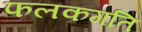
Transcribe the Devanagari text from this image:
फलकगति